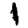
Digit: 1